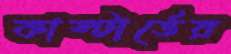
কাস্টার্ডের